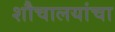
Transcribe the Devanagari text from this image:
शौचालयांचा